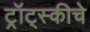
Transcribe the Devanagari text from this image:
ट्रॉट्स्कीचे